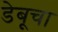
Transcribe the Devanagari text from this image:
डेबूचा